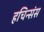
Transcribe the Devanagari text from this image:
हचिन्संस